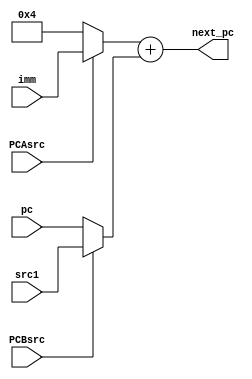
module PcGen(
    input  [31:0]imm,
    input  [31:0]pc,
    input  [31:0]src1,
    input        PCAsrc,
    input        PCBsrc,
    output [31:0]next_pc
);

    wire [31:0]A;
    wire [31:0]B;

    assign A = PCAsrc?imm:32'd4;
    assign B = PCBsrc?src1:pc;

    assign next_pc = A + B;

endmodule

//https://nju-projectn.github.io/dlco-lecture-note/exp/11.html#tab-extop